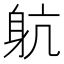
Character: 𨈢